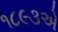
૧૮૯૩એ